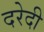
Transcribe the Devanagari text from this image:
दरेदी